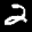
Label: 2